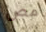
مص